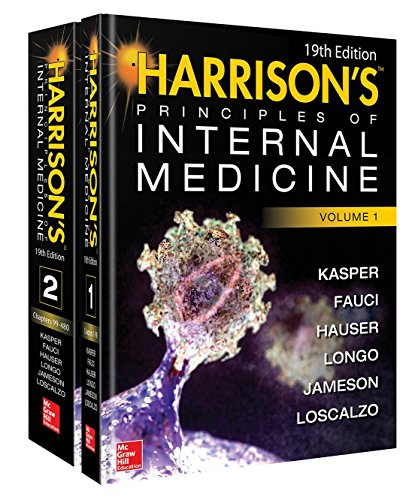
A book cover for Harrison's Principles of Internal Medicine 19/E (Vol.1 & Vol.2); Dennis Kasper; Medical Books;